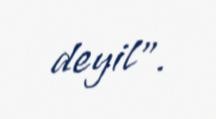
deyil”.